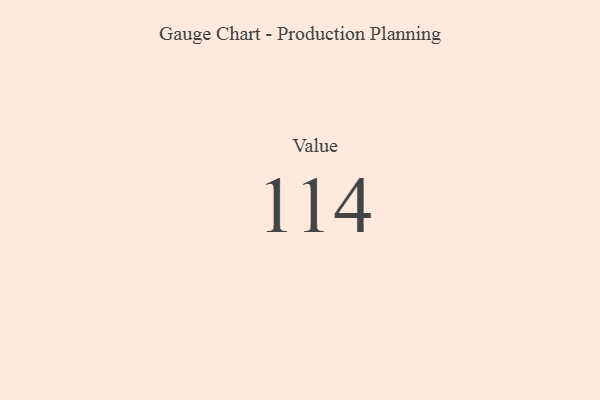
{"axis": {"x": "Metric", "y": "Value"}, "legend": [""], "data": [{"x": "Value", "y": 114, "type": ""}]}